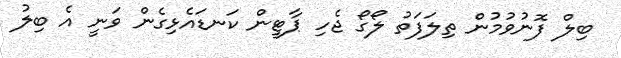
ބިލް ފޮނުވުމުން ތިލަފަތު ލޯގޯ ޖެހި ޕާޓީން ކަނޑައެޅިގެން ވަނީ އެ ބިލު